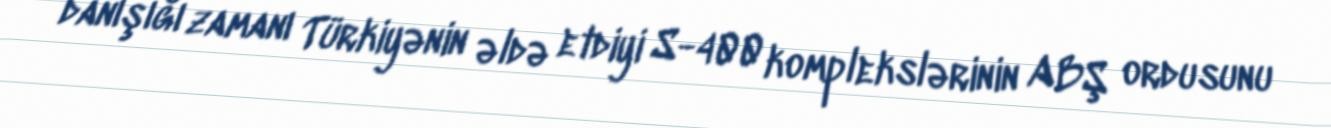
danışığı zamanı Türkiyənin əldə etdiyi S-400 komplekslərinin ABŞ ordusunu